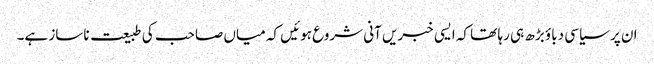
ان پر سیاسی دباؤ بڑھ ہی رہا تھا کہ ایسی خبریں آنی شروع ہوئیں کہ میاں صاحب کی طبیعت ناساز ہے۔